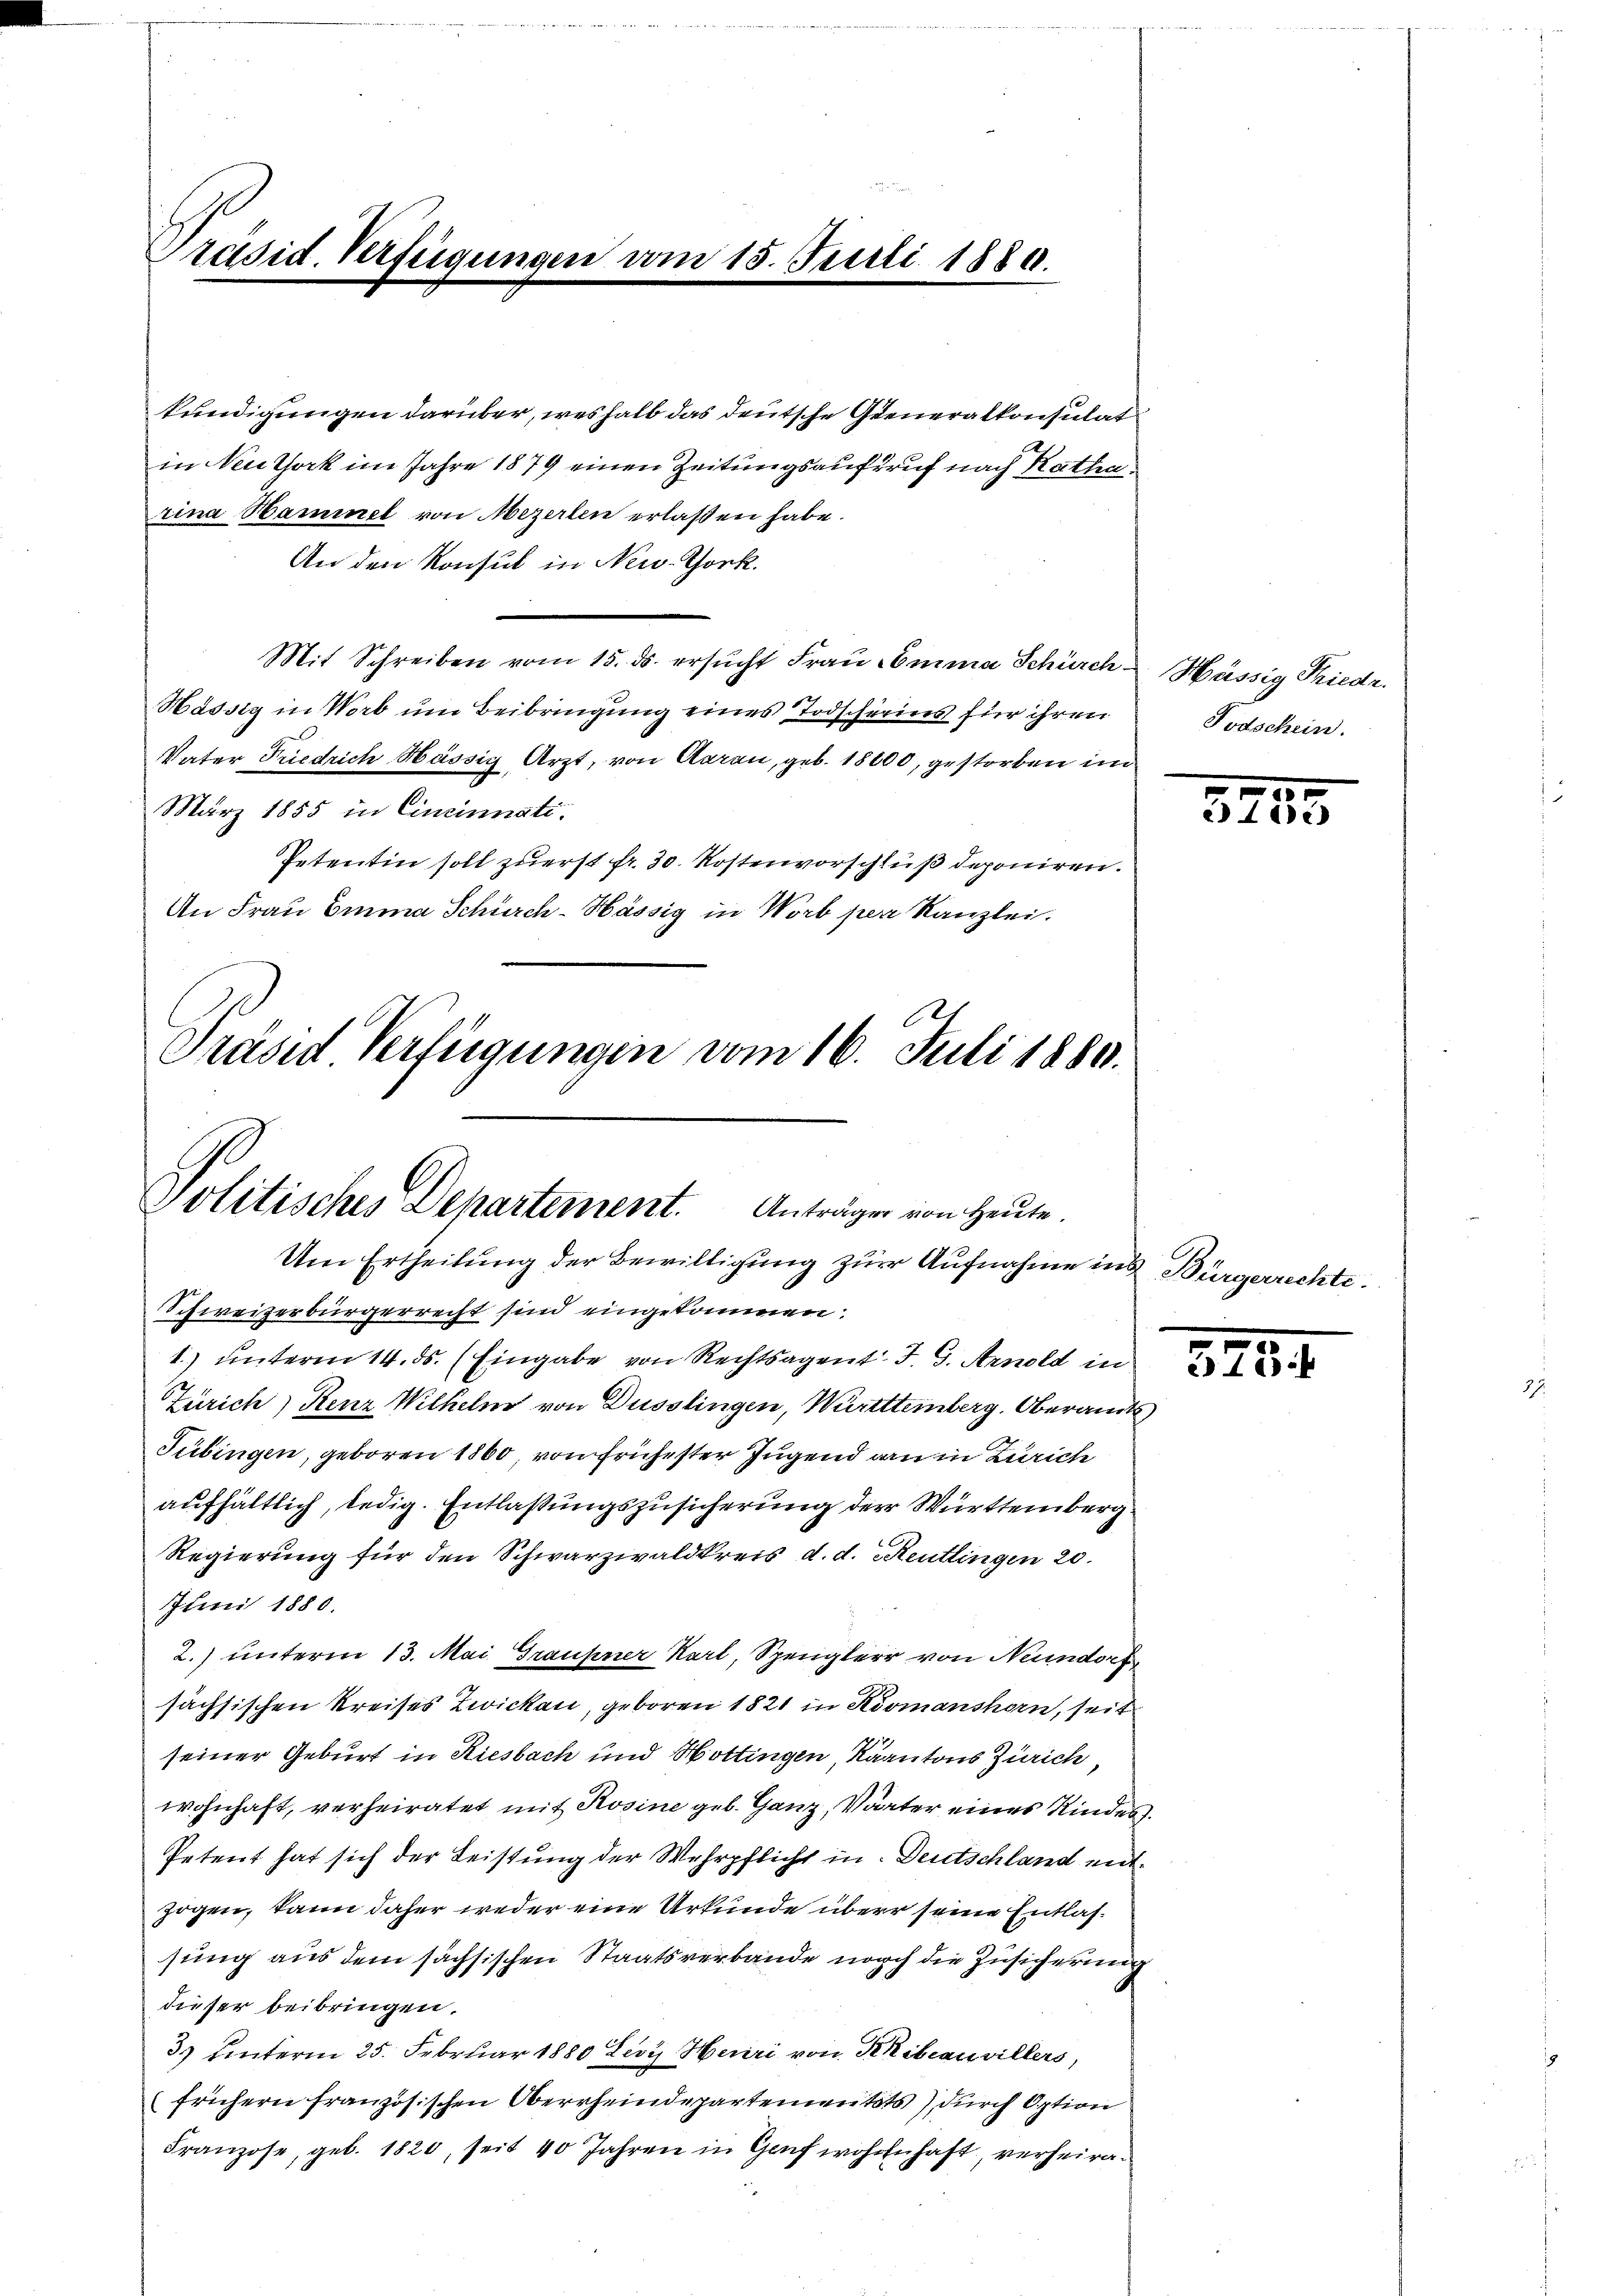
Präsid. Verfügungen vom 15. Juli 1880.

kündigungen darüber, weshalb das deutsche Generalkonsulat
in Neuthork im Jahre 1879 einen Zeitungsaufruf nach Rathen.
rina Hammel von Mezerlen erlaßen habe.
An den Konsul in New-York.
Mit Schreiben vom 15. ds. ersucht Frau Emma Schürch- Hässig Friedr.
Hassig in Worb um Beibringung eines Todschreins für ihren
Vater Friedrich Hässig Arzt, von Aarau, geb. 18000, gestorben im
März 1855 in Cincinnati.
Petentin soll zuerst fr. 30. Kostenvorschluß deponiren.
An Frau Emma Schürch-Hässig in Worb per Kanzlei.
Präsid Verfügungen vom 16. Juli 1880.

Politisches Departement. Anträgen von Heute.

Todschein.

Um Ertheilung der Bewilligung zur Aufnahme ins Bürgerrechte.
Schweizerbürgerrecht sind eingekommen:
1) unterm 14. ds. (Eingabe von Rechtsagent J. G. Arnold in
Zürich, Renz Wilhelm von Dusslingen, Württtemberg. Oberamts
Tübingen, geboren 1860, von frühester Jugend an in Zürich
aufhältlich, ledig. Entlaßungszusicherung der Württemberg
Regierung für den Schwarzwaldkreis d. d. Reutlingen 20.
Juni 1880.
2.) unterm 13. Mai Grausner Karl, Spengler von Neundorf
sächsischen Kreises Zwicken, geboren 1821 in Komanshorn, seit
seiner Geburt in Riesbach und Hottingen, Kaantons Zürich
wohnhaft, verheiratet mit Rosine geb. Ganz, Vater eines Kindes¬
Petent hat sich der Leistung der Wehrpflicht in Deutschland mitzogen, kann daher weder eine Urkunde über seine Entlassung aus dem sächsischen Staatsverbande noch die Zusicherung
dieser beibringen.
3.) Unterm 25. Februar 1880 Levy Henri von Khibeauvillers,
(frühern französischen Oberrheindepartementats durch Option
Franzose, geb. 1820, seit 40 Jahren in Genf wohnhaft, verheira¬

5
e) 111)

3484